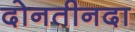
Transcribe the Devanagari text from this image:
दोनतीनदा